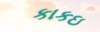
કાકઇ